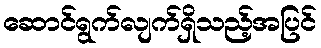
ဆောင်ရွက်လျက်ရှိသည့်အပြင်